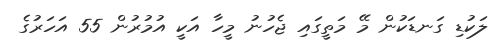
ލަކުޑި ގަނޑަކުން މޭ މަތީގައި ޖެހުނު މީހާ އަކީ އުމުރުން 55 އަހަރުގެ